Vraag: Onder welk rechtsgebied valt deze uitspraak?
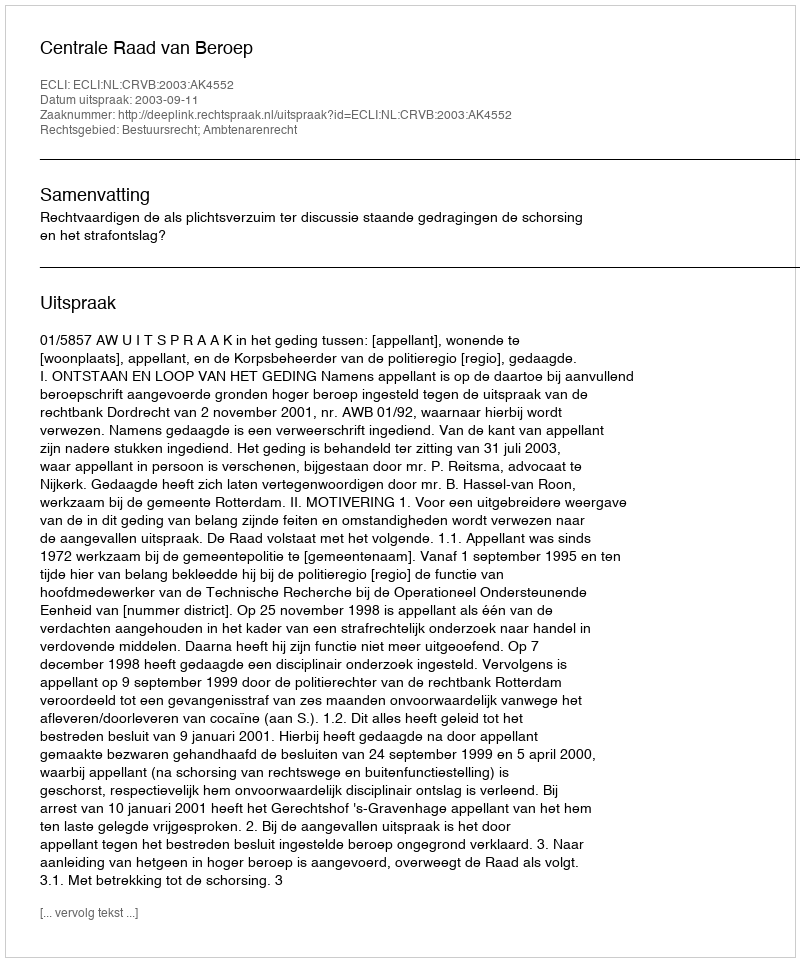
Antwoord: Bestuursrecht; Ambtenarenrecht